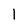
Character: I